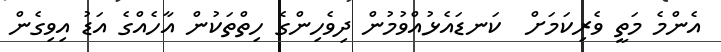
އެންމެ މަތީ ވެރިކަމަށް  ކަނޑައެޅުއްވުމުން ދިވެހިންގެ ހިތްތަކުން އާހެއްގެ އަޑު އިވިގެން